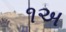
૧અ